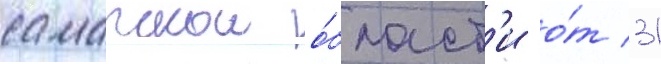
самарскои о́бласт'и о́т 31